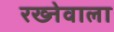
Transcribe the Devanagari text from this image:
रख्नेवाला